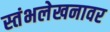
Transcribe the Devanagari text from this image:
स्तंभलेखनावर